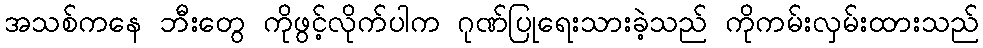
အသစ်ကနေ ဘီးတွေ ကိုဖွင့်လိုက်ပါက ဂုဏ်ပြုရေးသားခဲ့သည် ကိုကမ်းလှမ်းထားသည်